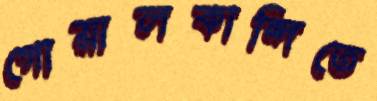
গোয়ালকান্দিতে